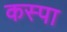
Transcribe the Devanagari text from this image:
कस्पा